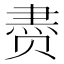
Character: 𰷧